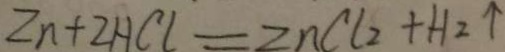
Z n + 2 H C l = Z n C l _ { 2 } + H _ { 2 } \uparrow